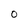
Character: 0